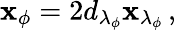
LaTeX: \mathbf{x}_{\phi}=2d_{\lambda_{\phi}}\mathbf{x}_{\lambda_{\phi}}\, ,